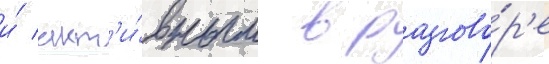
и́ акт'и́вным в разгово́р'е